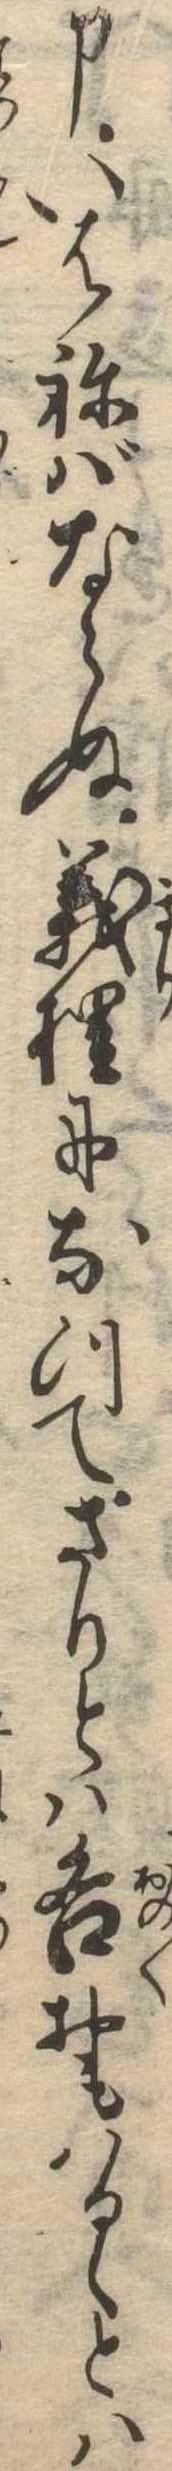
申いはねばならぬ義理になつてさりとは各おもはるゝとは